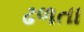
ઢળતા